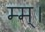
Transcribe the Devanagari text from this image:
म्म्।